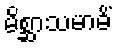
မိစ္ဆာသမာဓိံ